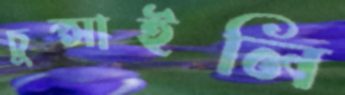
চুপ্‌সাইলি